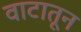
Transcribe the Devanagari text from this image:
वाटातून